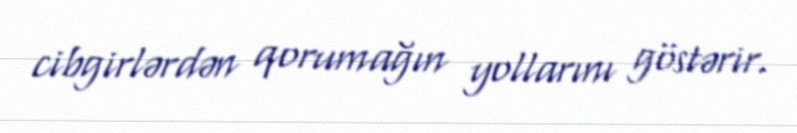
cibgirlərdən qorumağın yollarını göstərir.